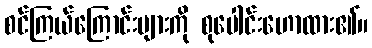
စင်ကြယ်ကြောင်းများကို စုပေါင်းဟောထား၏။